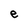
Character: e